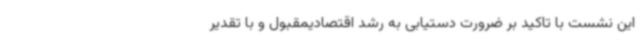
این نشست با تاکید بر ضرورت دستیابی به رشد اقتصادیمقبول و با تقدیر